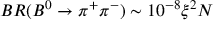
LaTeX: B R ( B ^ { 0 } \to \pi ^ { + } \pi ^ { - } ) \sim 1 0 ^ { - 8 } \xi ^ { 2 } N